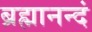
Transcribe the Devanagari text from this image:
ब्रह्मानन्दं